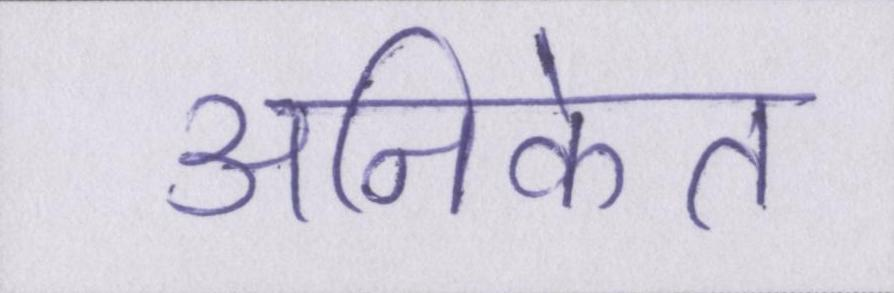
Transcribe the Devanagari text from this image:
अनिकेत